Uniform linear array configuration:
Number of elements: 8
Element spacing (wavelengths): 0.5
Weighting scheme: hamming
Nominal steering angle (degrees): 45
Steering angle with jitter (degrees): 43.925
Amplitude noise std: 0.05
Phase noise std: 0.05

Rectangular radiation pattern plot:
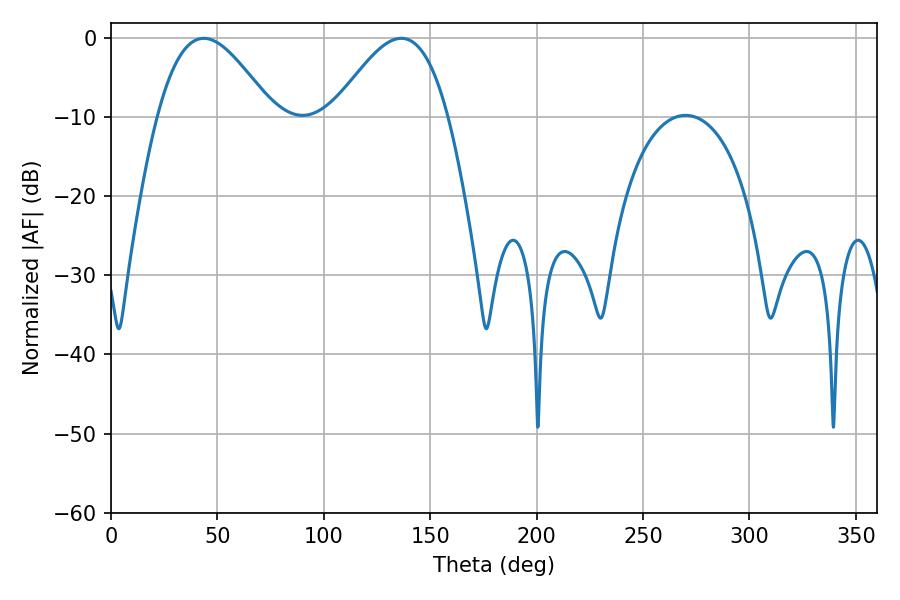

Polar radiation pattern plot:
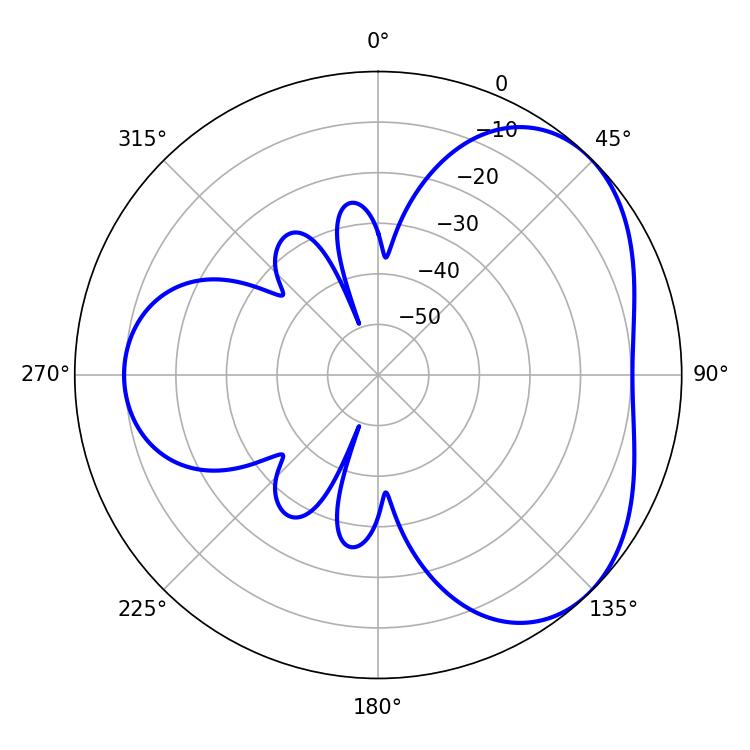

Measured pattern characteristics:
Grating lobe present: FALSE
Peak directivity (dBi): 4.14
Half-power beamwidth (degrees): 29.16
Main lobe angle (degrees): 43.56